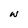
Character: W